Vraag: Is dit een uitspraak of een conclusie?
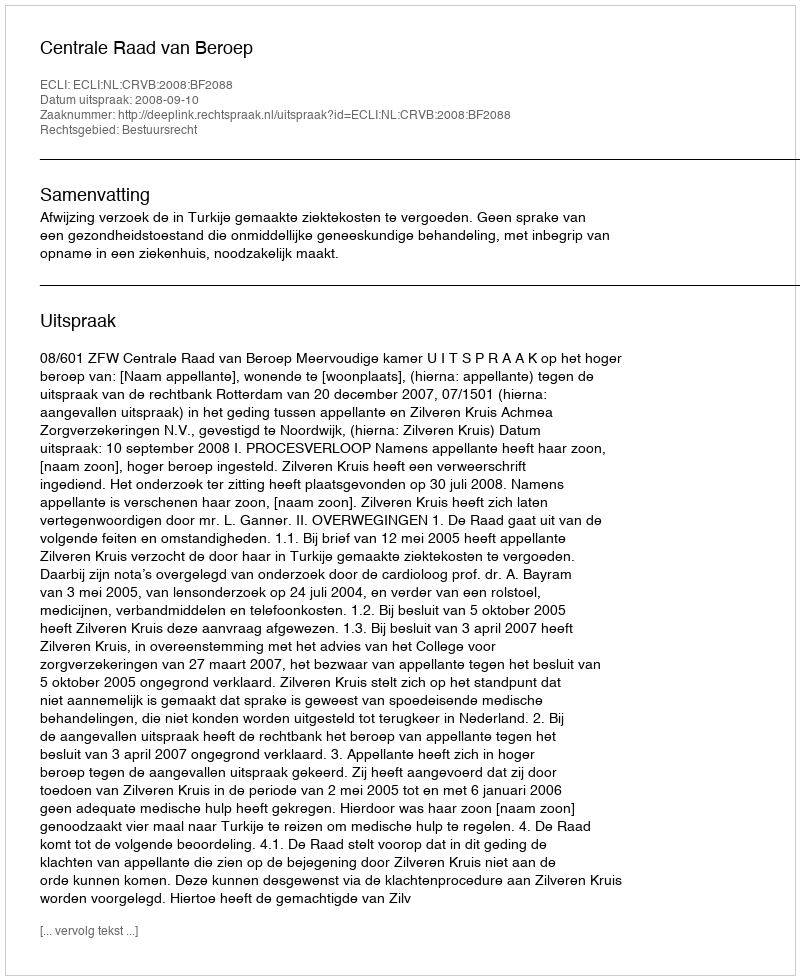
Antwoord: Uitspraak